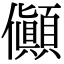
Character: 𠑘